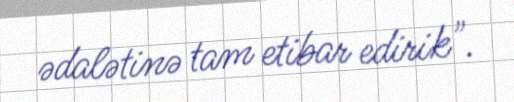
ədalətinə tam etibar edirik".